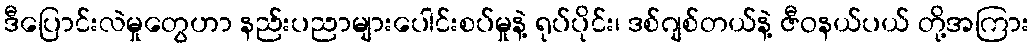
ဒီပြောင်းလဲမှုတွေဟာ နည်းပညာများပေါင်းစပ်မှုနဲ့ ရုပ်ပိုင်း၊ ဒစ်ဂျစ်တယ်နဲ့ ဇီဝနယ်ပယ် တို့အကြား